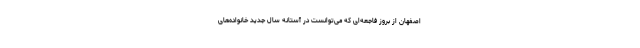
اصفهان از بروز فاجعه‌ای که می‌توانست در آستانه سال جدید خانواده‌های